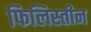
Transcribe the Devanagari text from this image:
फिलिस्‍तीन